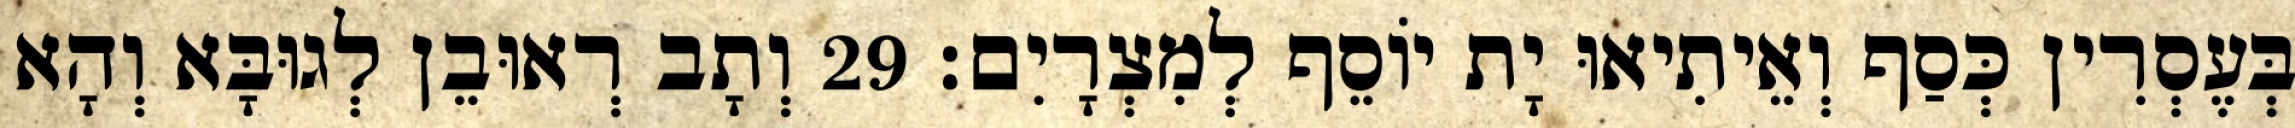
בְּעֶסְרִין כְּסַף וְאֵיתִיאוּ יָת יוֹסֵף לְמִצְרָיִם׃ 29 וְתָב רְאוּבֵן לְגוּבָּא וְהָא